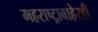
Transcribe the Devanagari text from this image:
महराष्ट्राबाहेरही